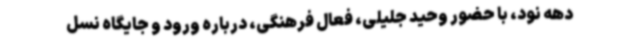
دهه نود، با حضور وحید جلیلی، فعال فرهنگی، درباره ورود و جایگاه نسل